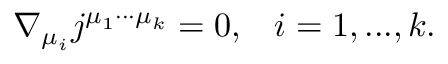
\nabla _ { \mu _ { i } } j ^ { \mu _ { 1 } \cdot \cdot \cdot \mu _ { k } } = 0 , \; \; \; i = 1 , . . . , k .